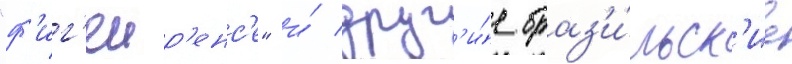
"ф'иг'еир'енс'е" и́ друг'и́е браз'и́льск'ие